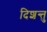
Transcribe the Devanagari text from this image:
दिशन्तु